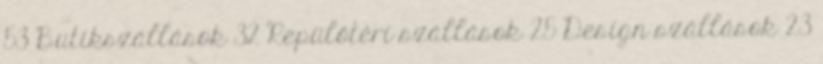
53 Butikszállások 32 Repülőtéri szállások 25 Design szállások 23